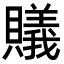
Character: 𧸡